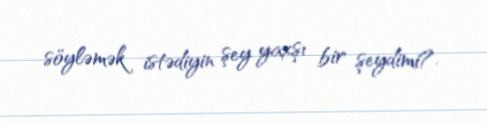
söyləmək istədiyin şey yaxşı bir şeydimi?.